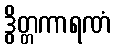
ဒွိတ္တကာရဏံ